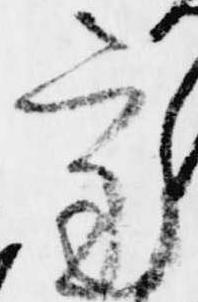
審